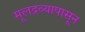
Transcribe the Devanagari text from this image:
मूलद्रव्यापासून